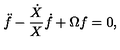
\ddot { f } - \frac { \dot { X } } { X } \dot { f } + \Omega f = 0 ,